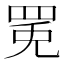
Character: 𱺾